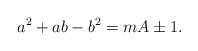
LaTeX: \begin{align*}a^2 + ab - b^2 = mA \pm 1.\end{align*}